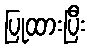
ပြုထားပြီး